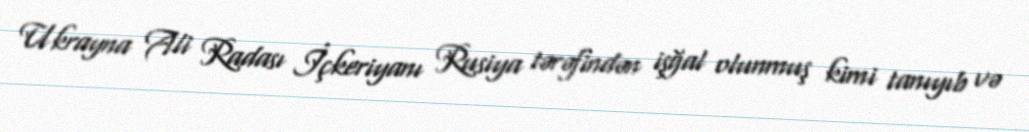
Ukrayna Ali Radası İçkeriyanı Rusiya tərəfindən işğal olunmuş kimi tanıyıb və